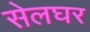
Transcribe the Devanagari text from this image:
सेलघर